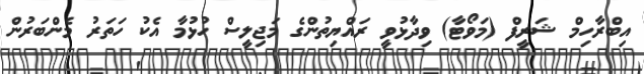
އިބްރާހިމް ޝަރީފް (މަވޯޓާ) ވިދާޅުވީ ރައްޔިތުންގެ މަޖިލީސް ހުޅުމާ އެކު ހަތަރު މެންބަރުން